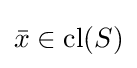
{\bar {x}}\in \operatorname {cl} (S)